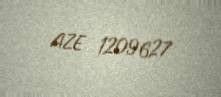
AZE 1209627